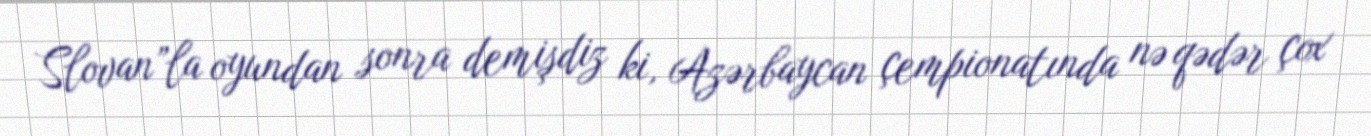
Slovan”la oyundan sonra demişdiz ki, Azərbaycan çempionatında nə qədər çox